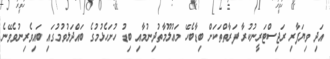
އަދި ވިޔަފާރި ރަޖިސްޓަރީނުކުރާ ފަރާތްތަކަށް ބިޑާބެހޭ މަޢުލޫމާތުދިނުމާއި ބިޑު ހުށަހެޅުމުގެ ބައްދަލުވުމުގައި ބައިވެރިނުވެވޭނެ